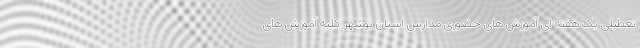
تعطیلی یک هفته ای آموزش های حضوری مدارس استان بوشهر کلیه آموزش های